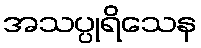
အသပ္ပုရိသေန